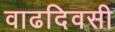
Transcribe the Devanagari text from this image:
वाढदिवसी